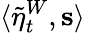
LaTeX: \langle\tilde{\eta}_{t}^{W},\mathbf{s}\rangle